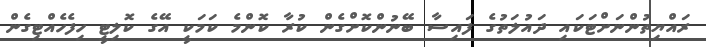
ރައްޔިތުންނަށްޓަކައި ދައުލަތުގެ ފައިސާ ބޭނުންކޮށްގެން ކުރާ ކޮންމެ ކަމަކީ އޭގެ ކޮލިޓީ ހިފެހެއްޓިގެން